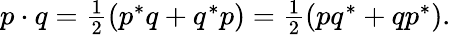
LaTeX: p\cdot q=\textstyle{\frac{1}{2}}(p^{*}q+q^{*}p)=\textstyle{\frac{1}{2}}(pq^{*}+qp^{*}).